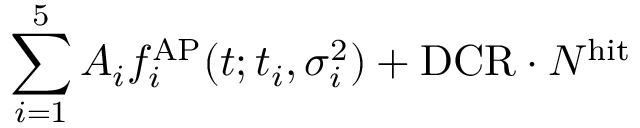
\sum _ { i = 1 } ^ { 5 } { A _ { i } f _ { i } ^ { \mathrm { A P } } ( t ; t _ { i } , \sigma _ { i } ^ { 2 } ) } + \mathrm { D C R } \cdot N ^ { \mathrm { h i t } }